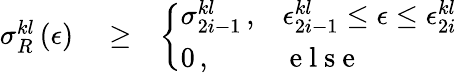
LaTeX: \begin{array}{rlr}{\sigma_{R}^{kl}\left(\epsilon\right)}&{{}\ge}&{\left\{ \begin{array}{ll}{\sigma_{2i-1}^{kl}\, ,}&{\epsilon_{2i-1}^{kl}\le\epsilon\le\epsilon_{2i}^{kl}}\\ {0\, ,}&{\mathrm{~e~l~s~e~}}\end{array}\right.}\end{array}